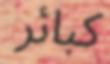
كبائر